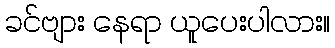
ခင်ဗျား နေရာ ယူပေးပါလား။